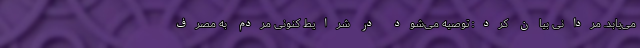
می‌یابد. مردانی بیان کرد: توصیه می‌شود در شرایط کنونی مردم به مصرف